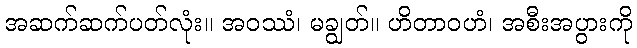
အဆက်ဆက်ပတ်လုံး။ အဝဿံ၊ မချွတ်။ ဟိတာဝဟံ၊ အစီးအပွားကို